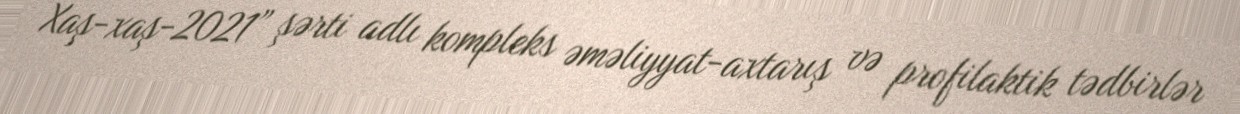
Xaş-xaş-2021” şərti adlı kompleks əməliyyat-axtarış və profilaktik tədbirlər